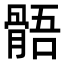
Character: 𩩑